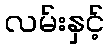
လမ်းနှင့်